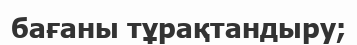
бағаны тұрақтандыру;